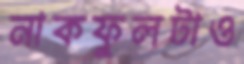
নাকফুলটাও